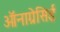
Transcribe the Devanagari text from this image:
ऑनाग्रेसिई